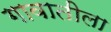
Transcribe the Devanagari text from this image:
गावातीला